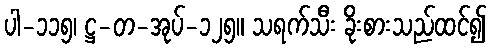
ပါ-၁၁၅၊ ဋ္ဌ-တ-အုပ်-၁၂၅။ သရက်သီး ခိုးစားသည်ထင်၍